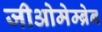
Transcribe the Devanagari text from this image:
जीओमेम्ब्रेन